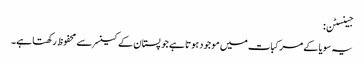
جینسٹن:
یہ سویا کے مرکبات میں موجود ہوتا ہے جو پستان کے کینسر سے محفوظ رکھتا ہے۔